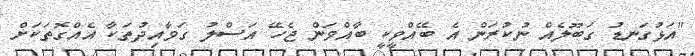
"އަޅުގަނޑު ގަބޫލެއް ނުކުރަން އެ ބޭއްވީކީ ބާއްވަން ޖެހޭ އަސްލު ގަވާއިދުތަކާ އެއްގޮތަކަށް